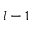
l - 1